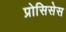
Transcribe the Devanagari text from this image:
प्रोसिसेस